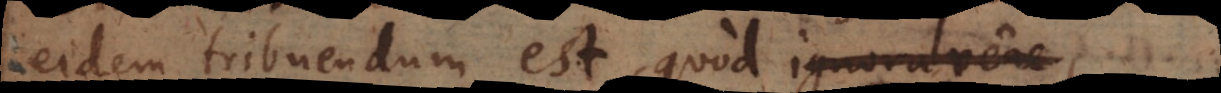
eidem tribuendum est, quod ignoravere